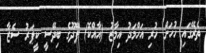
ތެރޭގައި ހުހަަށް ހުރި އަހްމަދު އިމާޒު (އާއްކޮ) ފޭދޫގެ ބިދޭސީ ކީޕަރު ސެޒާ